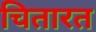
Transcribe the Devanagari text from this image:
चितारत